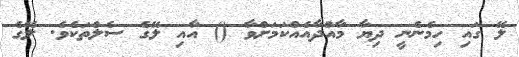
ލޭ ގައި ހިމެނެނީ ދިޔާ މާއްދާއެއްކަމަށްވާ () އާއި ލޭގެ ސެލްތަކެވެ. ލޭގެ